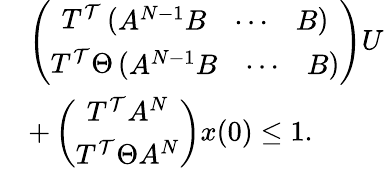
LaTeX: \begin{array}{rl}&{\left(\begin{array}{c}{T^{\mathcal{T}}\left(\begin{array}{ccc}{A^{N-1}B}&{\cdots}&{B}\end{array}\right)}\\ {T^{\mathcal{T}}\Theta\left(\begin{array}{ccc}{A^{N-1}B}&{\cdots}&{B}\end{array}\right)}\end{array}\right)U}\\ &{+\left(\begin{array}{c}{T^{\mathcal{T}}A^{N}}\\ {T^{\mathcal{T}}\Theta A^{N}}\end{array}\right)x(0)\leq 1.}\end{array}